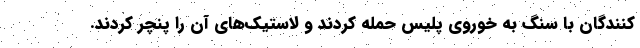
کنندگان با سنگ به خوروی پلیس حمله کردند و لاستیک‌های آن را پنچر کردند.